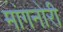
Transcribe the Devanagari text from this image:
मांगनोरी